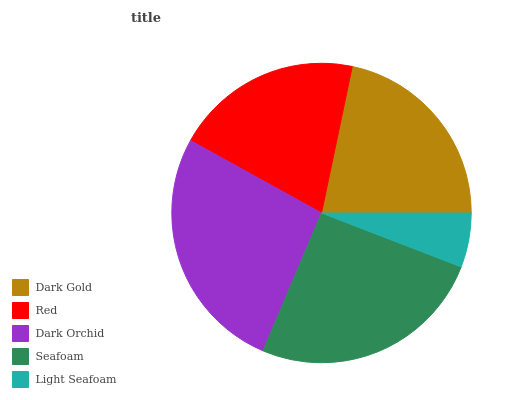
| Dark Gold | Red | Dark Orchid | Seafoam | Light Seafoam |
 | --- | --- | --- | --- | --- |
 | 21.7% | 20.3% | 26.6% | 25.5% | 5.87% |